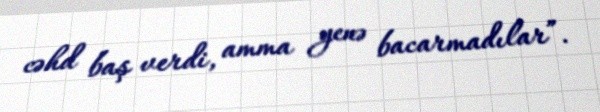
cəhd baş verdi, amma yenə bacarmadılar”.